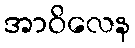
အာဝိလေန